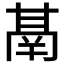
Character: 𮫙